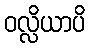
ဝလ္လိယာပိ